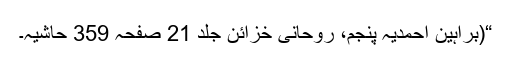
“(براہین احمدیہ پنجم، روحانی خزائن جلد 21 صفحہ 359 حاشیہ۔